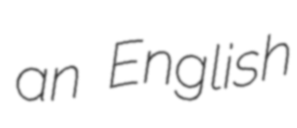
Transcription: an English